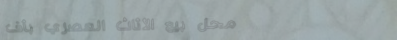
محل بيع الأثاث العصري بأف